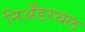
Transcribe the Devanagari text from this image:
निअँडरथल